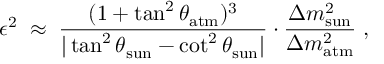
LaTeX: \epsilon ^ { 2 } \; \approx \; \frac { ( 1 + \tan ^ { 2 } \theta _ { \mathrm { a t m } } ) ^ { 3 } } { | \tan ^ { 2 } \theta _ { \mathrm { s u n } } - \cot ^ { 2 } \theta _ { \mathrm { s u n } } | } \cdot \frac { \Delta m _ { \mathrm { s u n } } ^ { 2 } } { \Delta m _ { \mathrm { a t m } } ^ { 2 } } \; ,